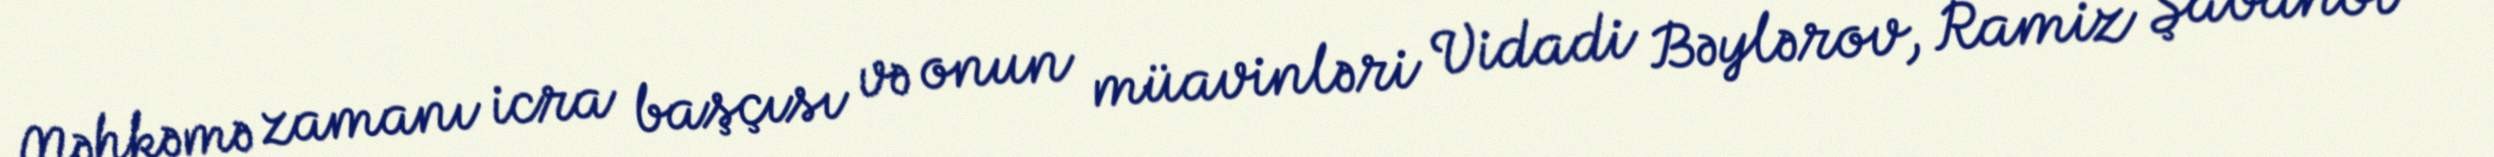
Məhkəmə zamanı icra başçısı və onun müavinləri Vidadi Bəylərov, Ramiz Şabanov